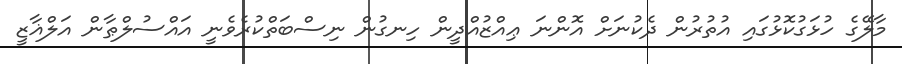
މާލޭގެ ހުޅަގުކޮޅުގައި އުތުރުން ދެކުނަށް އޮންނަ ޢިއްޒުއްދީން ހިނގުން ނިސްބަތްކުރެވެނީ އައްސުލްޠާން އަލްޣާޒީ